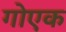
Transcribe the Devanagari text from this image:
गोएक